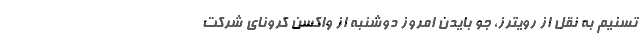
تسنیم به نقل از رویترز، جو بایدن امروز دوشنبه از واکسن کرونای شرکت